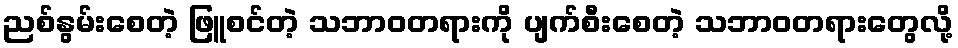
ညစ်နွမ်းစေတဲ့ ဖြူစင်တဲ့ သဘာဝတရားကို ပျက်စီးစေတဲ့ သဘာဝတရားတွေလို့